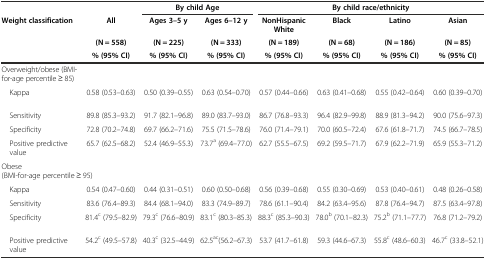
<table><thead><tr><td></td><td></td><td colspan="2"><b>By child Age</b></td><td colspan="4"><b>By child race/ethnicity</b></td></tr><tr><td rowspan="3"><b>Weight classification</b></td><td><b>All</b></td><td><b>Ages 3–5 y</b></td><td><b>Ages 6–12 y</b></td><td><b>NonHispanic White</b></td><td><b>Black</b></td><td><b>Latino</b></td><td><b>Asian</b></td></tr><tr><td><b>(N = 558)</b></td><td><b>(N = 225)</b></td><td><b>(N = 333)</b></td><td><b>(N = 189)</b></td><td><b>(N = 68)</b></td><td><b>(N = 186)</b></td><td><b>(N = 85)</b></td></tr><tr><td><b>% (95% CI)</b></td><td><b>% (95% CI)</b></td><td><b>% (95% CI)</b></td><td><b>% (95% CI)</b></td><td><b>% (95% CI)</b></td><td><b>% (95% CI)</b></td><td><b>% (95% CI)</b></td></tr></thead><tbody><tr><td>Overweight/obese (BMI-for-age percentile ≥ 85)</td><td></td><td></td><td></td><td></td><td></td><td></td><td></td></tr><tr><td> Kappa</td><td>0.58 (0.53–0.63)</td><td>0.50 (0.39–0.55)</td><td>0.63 (0.54–0.70)</td><td>0.57 (0.44–0.66)</td><td>0.63 (0.41–0.68)</td><td>0.55 (0.42–0.64)</td><td>0.60 (0.39–0.70)</td></tr><tr><td> Sensitivity</td><td>89.8 (85.3–93.2)</td><td>91.7 (82.1–96.8)</td><td>89.0 (83.7–93.0)</td><td>86.7 (76.8–93.3)</td><td>96.4 (82.9–99.8)</td><td>88.9 (81.3–94.2)</td><td>90.0 (75.6–97.3)</td></tr><tr><td> Specificity</td><td>72.8 (70.2–74.8)</td><td>69.7 (66.2–71.6)</td><td>75.5 (71.5–78.6)</td><td>76.0 (71.4–79.1)</td><td>70.0 (60.5–72.4)</td><td>67.6 (61.8–71.7)</td><td>74.5 (66.7–78.5)</td></tr><tr><td> Positive predictive value</td><td>65.7 (62.5–68.2)</td><td>52.4 (46.9–55.3)</td><td>73.7<sup>a</sup> (69.4–77.0)</td><td>62.7 (55.5–67.5)</td><td>69.2 (59.5–71.7)</td><td>67.9 (62.2–71.9)</td><td>65.9 (55.3–71.2)</td></tr><tr><td colspan="8">Obese (BMI-for-age percentile ≥ 95)</td></tr><tr><td> Kappa</td><td>0.54 (0.47–0.60)</td><td>0.44 (0.31–0.51)</td><td>0.60 (0.50–0.68)</td><td>0.56 (0.39–0.68)</td><td>0.55 (0.30–0.69)</td><td>0.53 (0.40–0.61)</td><td>0.48 (0.26–0.58)</td></tr><tr><td> Sensitivity</td><td>83.6 (76.4–89.3)</td><td>84.4 (68.1–94.0)</td><td>83.3 (74.9–89.7)</td><td>78.6 (61.1–90.4)</td><td>84.2 (63.4–95.6)</td><td>87.8 (76.4–94.7)</td><td>87.5 (63.4–97.8)</td></tr><tr><td> Specificity</td><td>81.4<sup>c</sup> (79.5–82.9)</td><td>79.3<sup>c</sup> (76.6–80.9)</td><td>83.1<sup>c</sup> (80.3–85.3)</td><td>88.3<sup>c</sup> (85.3–90.3)</td><td>78.0<sup>b</sup> (70.1–82.3)</td><td>75.2<sup>b</sup> (71.1–77.7)</td><td>76.8 (71.2–79.2)</td></tr><tr><td> Positive predictive value</td><td>54.2<sup>c</sup> (49.5–57.8)</td><td>40.3<sup>c</sup> (32.5–44.9)</td><td>62.5<sup>ac</sup>(56.2–67.3)</td><td>53.7 (41.7–61.8)</td><td>59.3 (44.6–67.3)</td><td>55.8<sup>c</sup> (48.6–60.3)</td><td>46.7<sup>c</sup> (33.8–52.1)</td></tr></tbody></table>